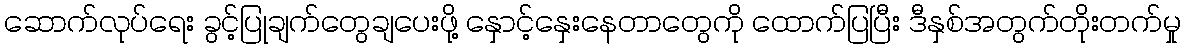
ဆောက်လုပ်ရေး ခွင့်ပြုချက်တွေချပေးဖို့ နှောင့်နှေးနေတာတွေကို ထောက်ပြပြီး ဒီနှစ်အတွက်တိုးတက်မှု